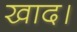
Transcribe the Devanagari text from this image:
खाद।